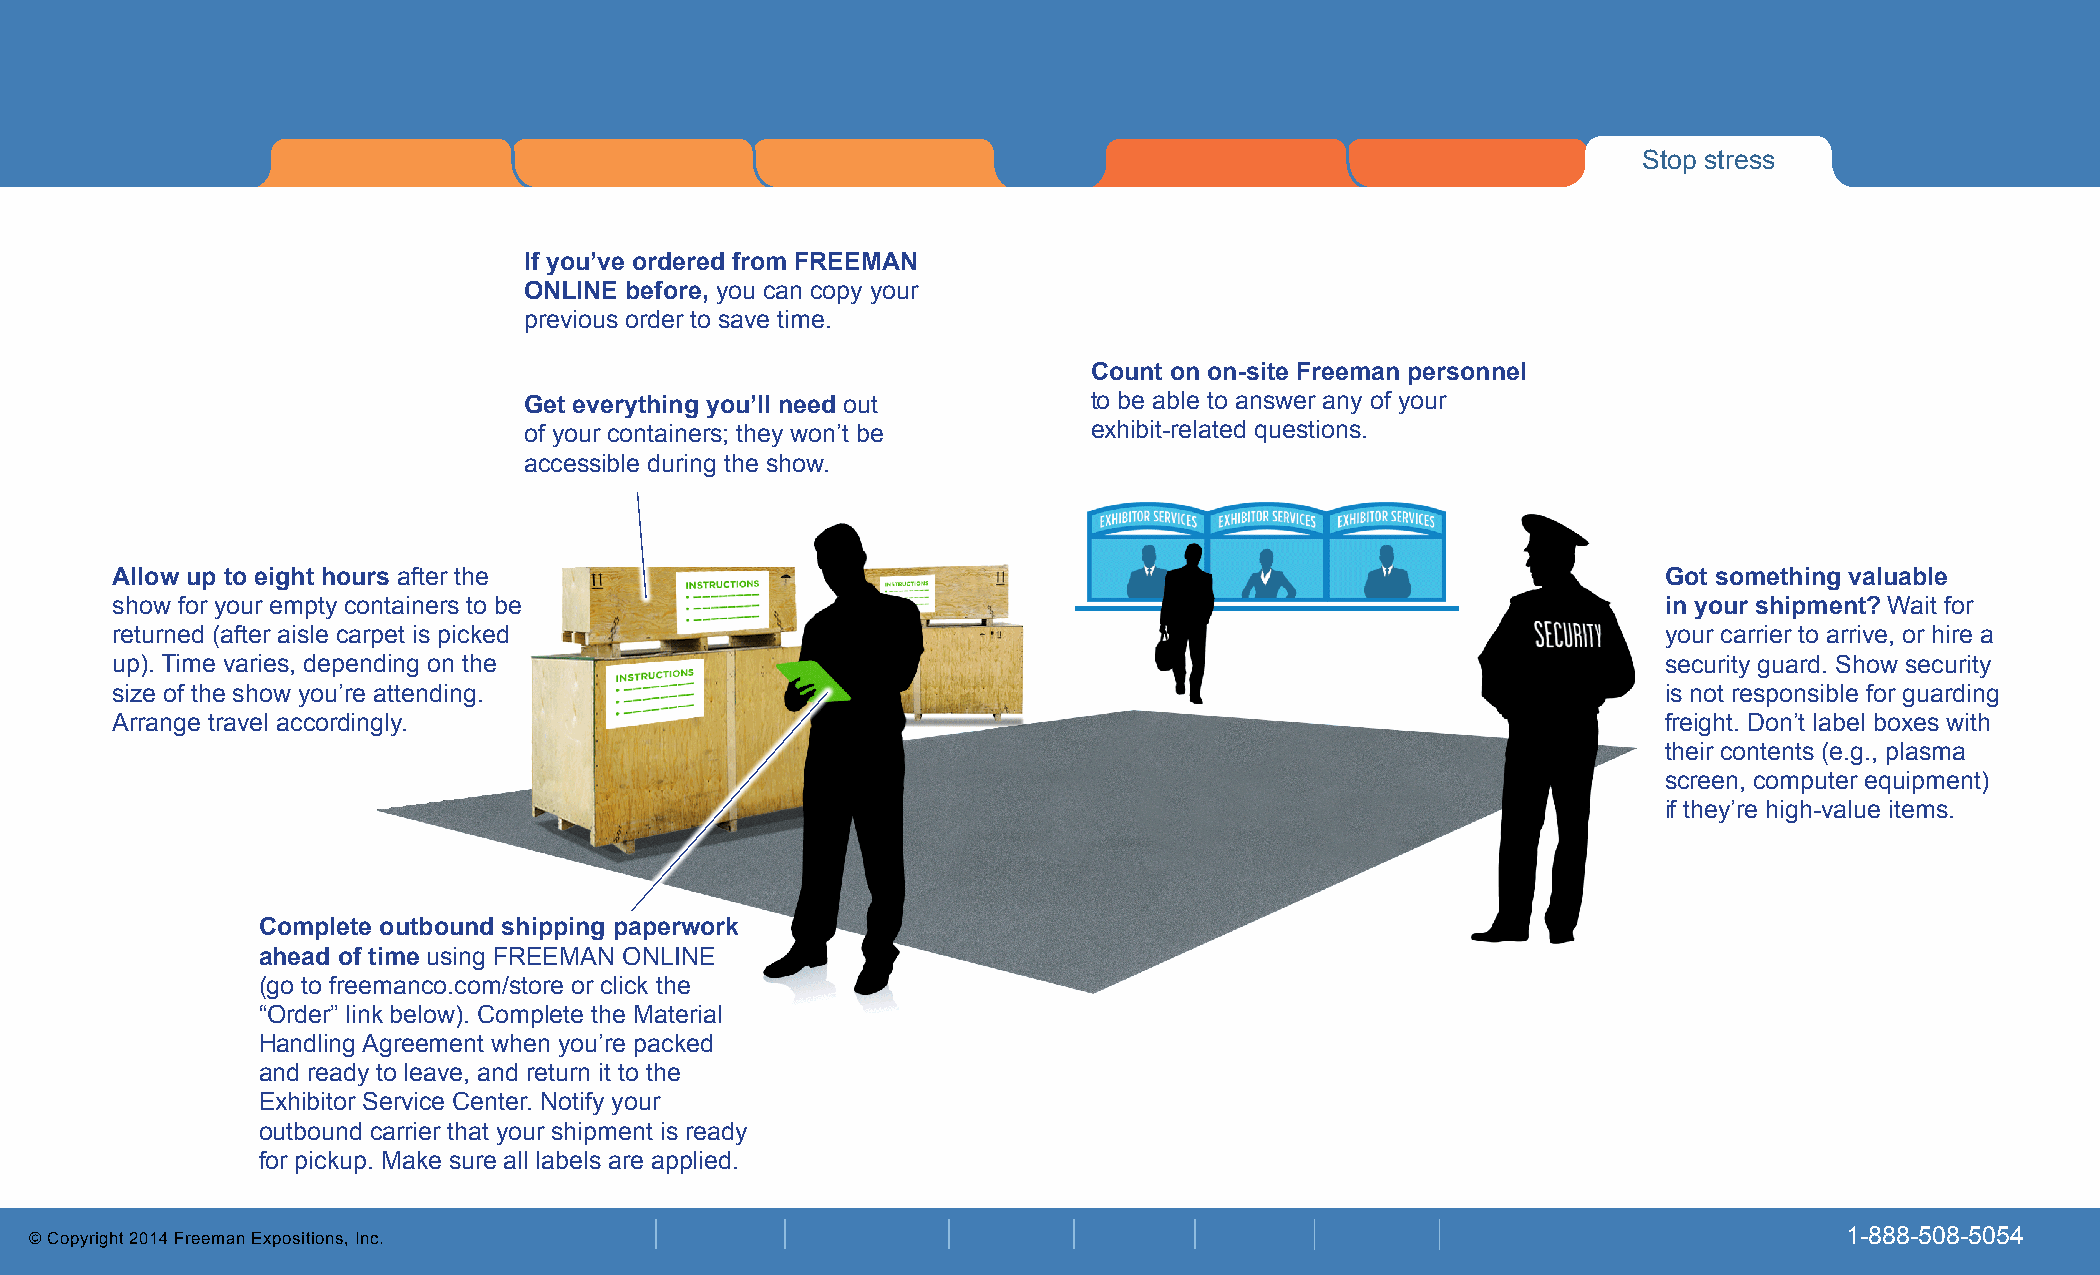
Stop stress
 Stop stress
 If you’ve ordered from FREEMAN
 ONLINE before, you can copy your
 previous order to save time.
 Count on on-site Freeman personnel
 Get everything you’ll need out       to be able to answer any of your
 of your containers; they won’t be    exhibit-related questions.
 accessible during the show.
 Allow up to eight hours after the                                                                      Got something valuable
 show for your empty containers to be                                                                   in your shipment? Wait for
 returned (after aisle carpet is picked                                                                 your carrier to arrive, or hire a
 up). Time varies, depending on the                                                                     security guard. Show security
 size of the show you’re attending.                                                                     is not responsible for guarding
 Arrange travel accordingly.                                                                            freight. Don’t label boxes with
 their contents (e.g., plasma
 screen, computer equipment)
 if they’re high-value items.
 Complete outbound shipping paperwork
 ahead of time using FREEMAN ONLINE
 (go to freemanco.com/store or click the
 “Order” link below). Complete the Material
 Handling Agreement when you’re packed
 and ready to leave, and return it to the
 Exhibitor Service Center. Notify your
 outbound carrier that your shipment is ready
 for pickup. Make sure all labels are applied.
 © Copyright 2014 Freeman Expositions, Inc.                                                                              1-888-508-5054